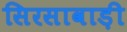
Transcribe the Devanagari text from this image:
सिरसावाड़ी